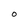
Character: O